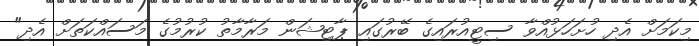
މިކަމަށް އެދި ހުށަހަޅުއްވާ ސިޓީއުރައިގެ ބޭރުގައި ޕާޓިޝަން މަރާމާތު ކުރުމުގެ މަސައްކަތަށް އެދި"